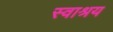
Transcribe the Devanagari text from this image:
स्वाश्रय